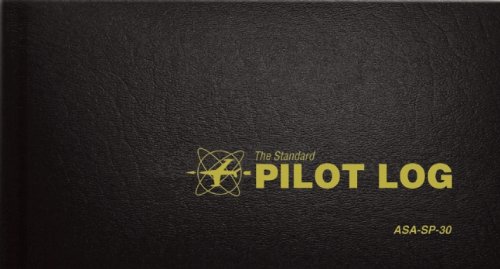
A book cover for The Standard Pilot Log (Black): ASA-SP-30 (Standard Pilot Logbooks); Engineering & Transportation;